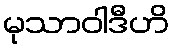
မုသာဝါဒီဟိ